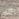
انه